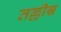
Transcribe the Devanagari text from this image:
तल्लीन्न